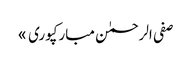
صفی الرحمٰن مبارکپوری »